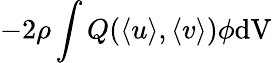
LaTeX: -2\rho\int Q(\langle{u}\rangle,\langle{v}\rangle)\phi\mathrm{dV}